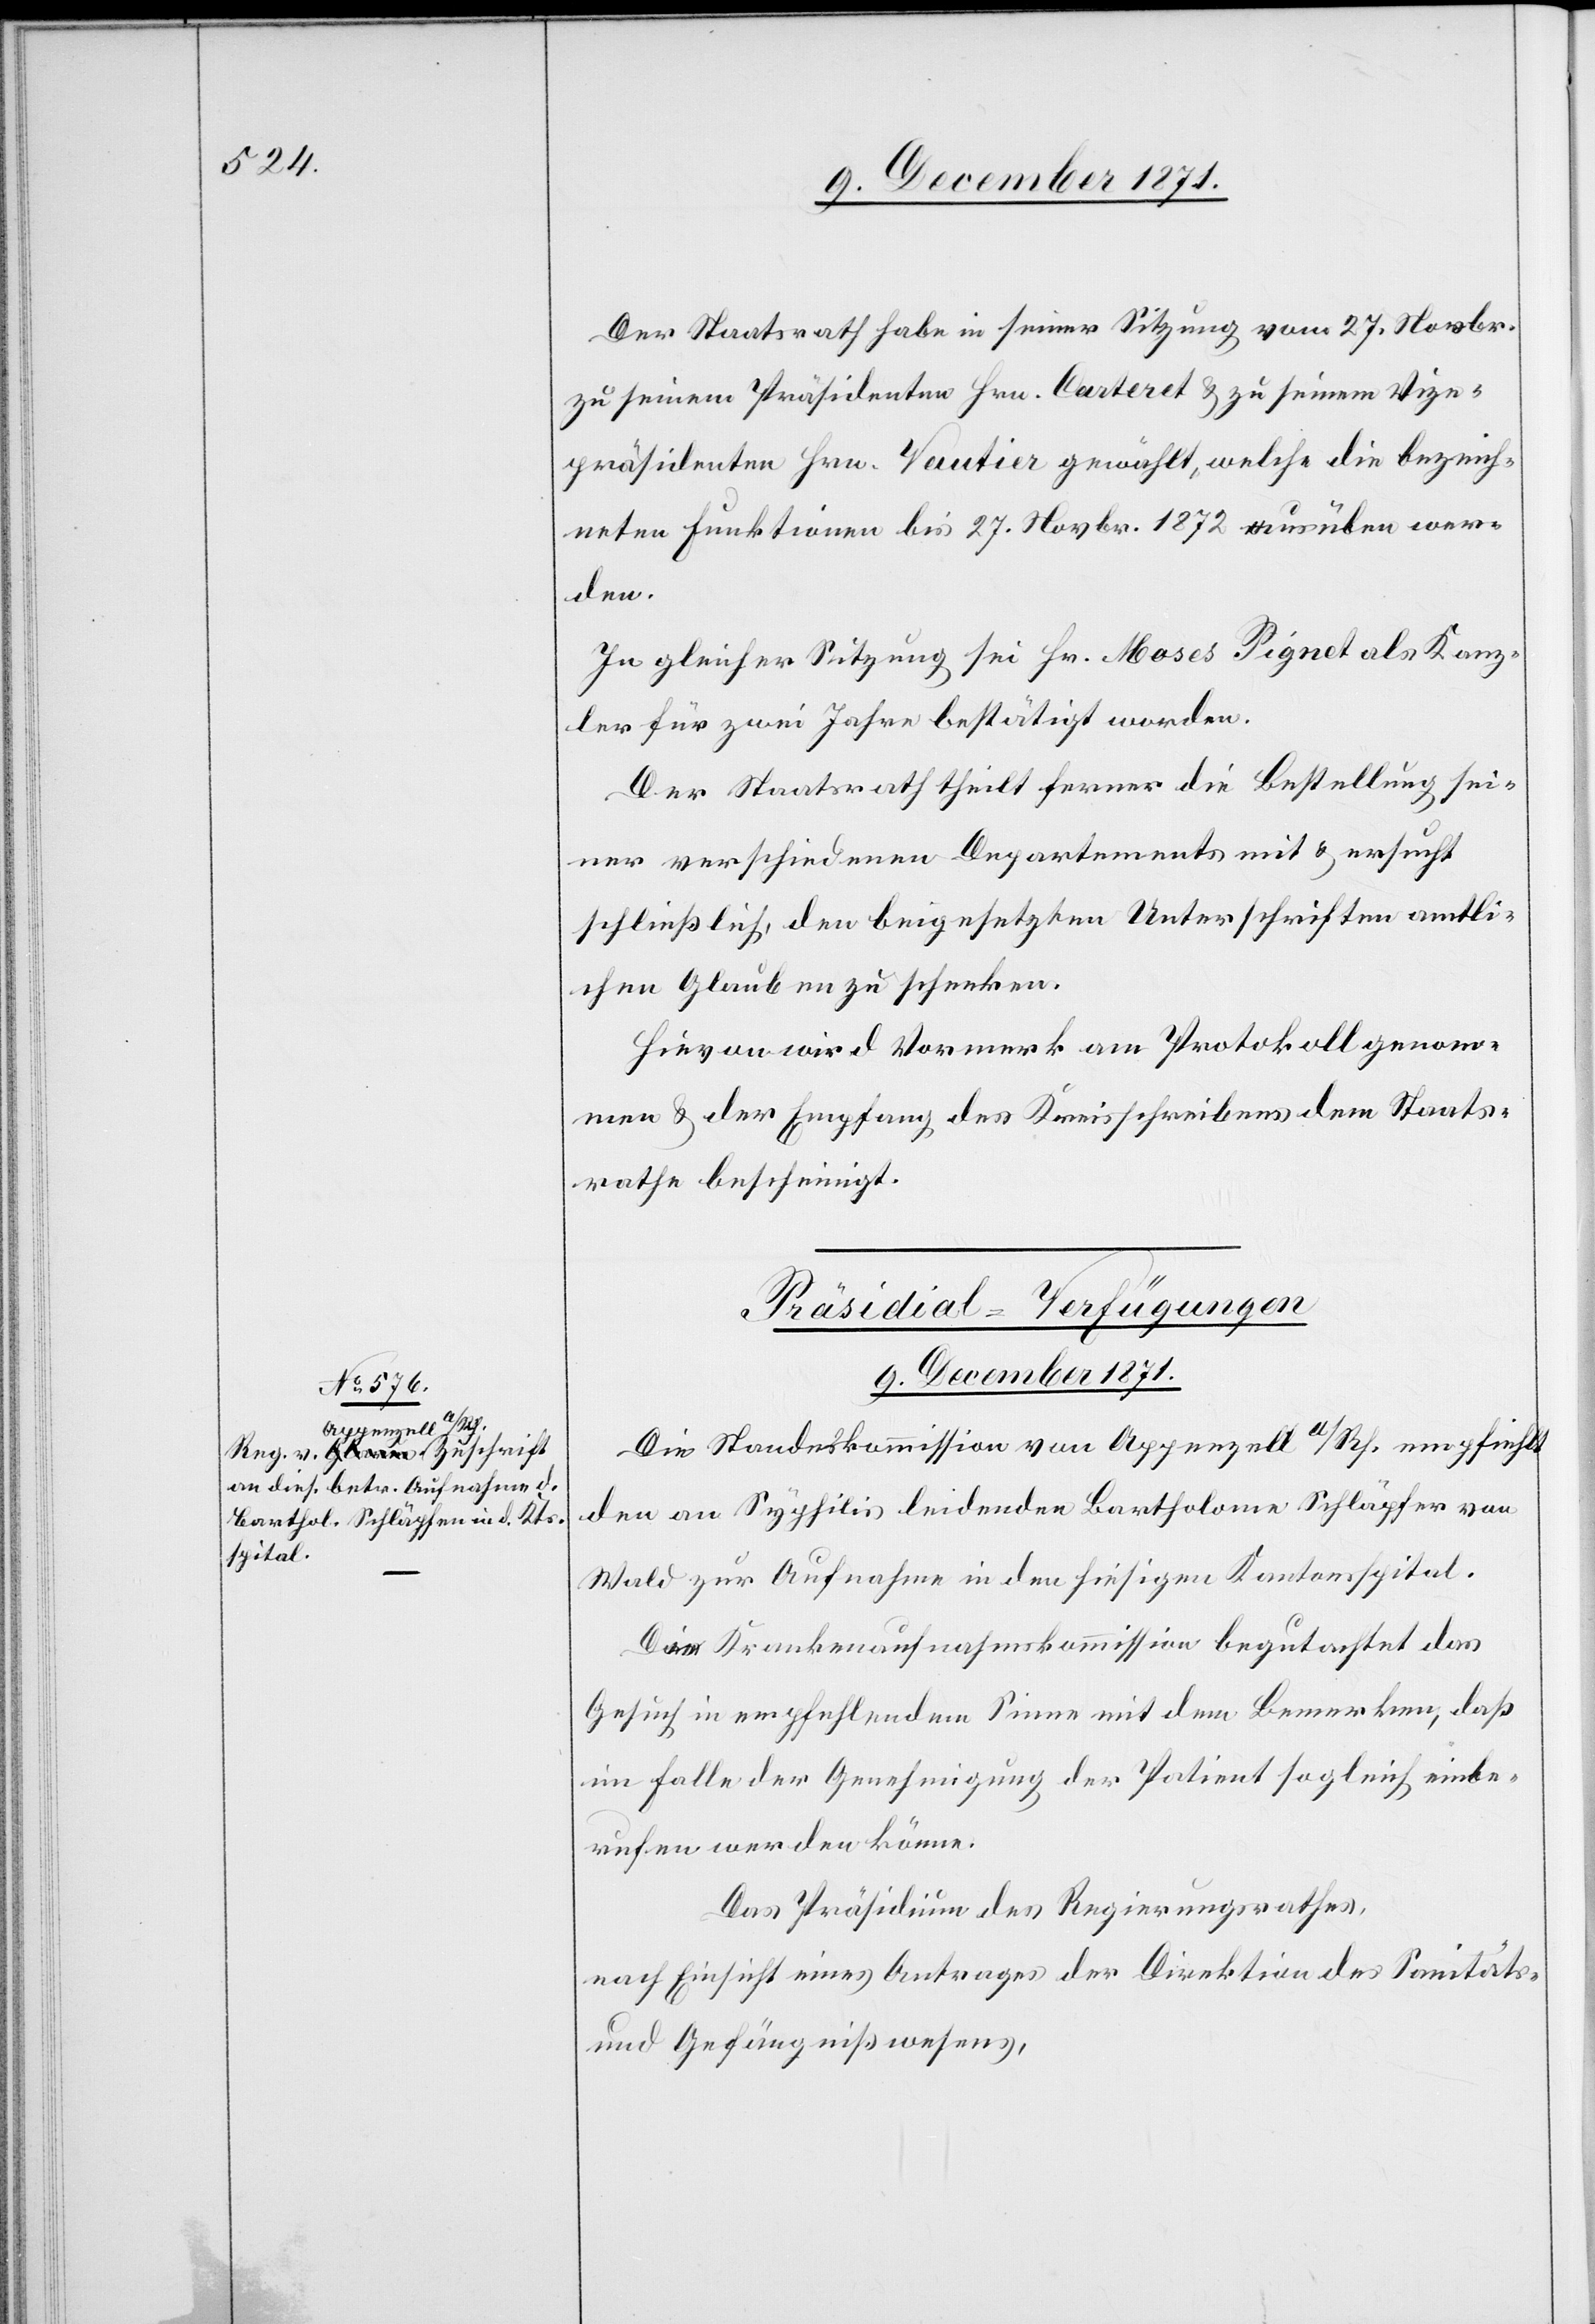
Der Staatsrath habe in seiner Sitzung vom 27. Novbr.
zu seinem Präsidenten Hrn. Carteret & zu seinem Vize¬
präsidenten Hrn. Vautier gewählt, welche die bezeich¬
neten Funktionen bis 27. Novbr. 1872 ausüben wer¬
den.
In gleicher Sitzung sei Hr. Moses Pignet als Kanz¬
ler für zwei Jahre bestätigt worden.
Der Staatsrath theilt ferner die Bestellung sei¬
ner verschiedenen Departements mit & ersucht
schließlich, den beigesetzten Unterschriften amtli¬
chen Glauben zu schenken.
Hievon wird Vormerk am Protokoll genom¬
men & der Empfang des Kreisschreibens dem Staats¬
rathe bescheinigt.
Präsidial-Verfügungen
9. December 1871.
Die Standeskommission von Appenzell a/Rh. empfiehlt
den an Syphilis leidenden Bartholome Schläpfer von
Wald zur Aufnahme in den hiesigen Kantonsspital.
Die Krankenaufnahmskommission begutachtet das
Gesuch in empfehlendem Sinne mit dem Bemerken, daß
im Falle der Genehmigung der Patient sogleich einbe¬
rufen werden könne.
Das Präsidium des Regierungsrathes,
nach Einsicht eines Antrages der Direktion des Sanitäts-